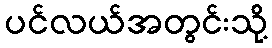
ပင်လယ်အတွင်းသို့